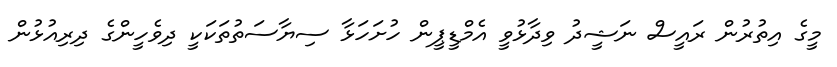
މީގެ އިތުރުން ރައީސް ނަޝީދު ވިދާޅުވީ އެމްޑީޕީން ހުށަހަޅާ ސިޔާސަތުތަކަކީ ދިވެހީންގެ ދިރިއުޅުން